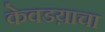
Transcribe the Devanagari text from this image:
केवडय़ाचा